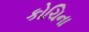
કોચિના